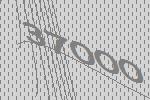
37000